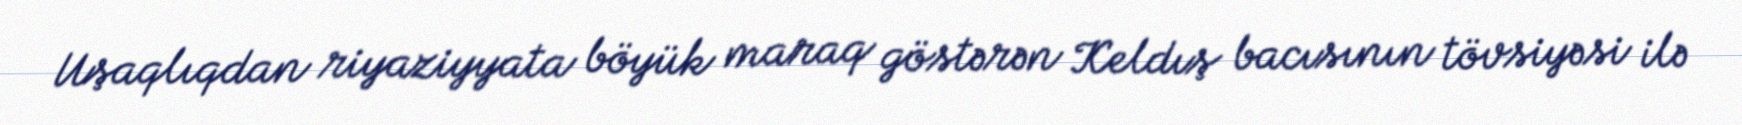
Uşaqlıqdan riyaziyyata böyük maraq göstərən Keldış bacısının tövsiyəsi ilə